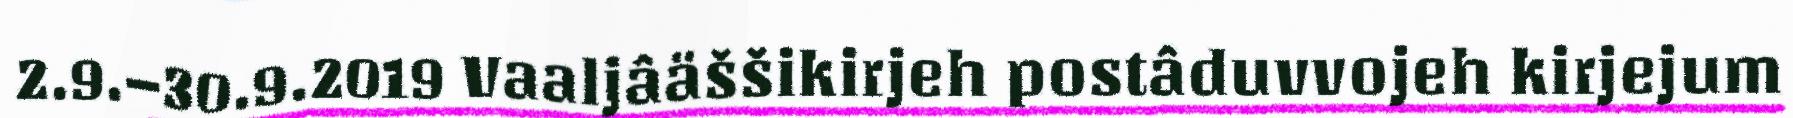
2.9.–30.9.2019 Vaaljâäššikirjeh postâduvvojeh kirjejum